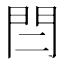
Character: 𨳎